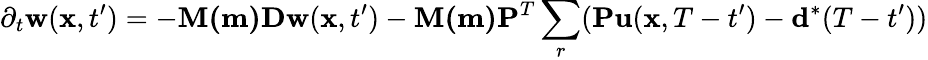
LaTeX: \partial_{t}\mathbf{w}(\mathbf{x},t^{\prime})=-\mathbf{M(m)}\mathbf{Dw}(\mathbf{x},t^{\prime})-\mathbf{M(m)}\mathbf{P}^{T}\sum_{r}(\mathbf{Pu}(\mathbf{x},T-t^{\prime})-\mathbf{d}^{*}(T-t^{\prime}))